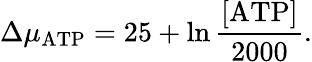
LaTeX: \Delta\mu_{\mathrm{ATP}}=25+\ln{\frac{[\mathrm{ATP]}}{2000}}.